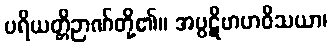
ပရိယတ္တိဉာဏ်တို့၏။ အပ္ပဋိဗာဟဝိသယာ၊